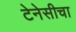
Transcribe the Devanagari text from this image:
टेनेसीचा